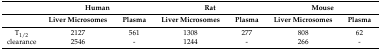
|  | <COLSPAN=2> Human | <COLSPAN=2> Rat | <COLSPAN=2> Mouse |
 |  | Liver Microsomes | Plasma | Liver Microsomes | Plasma | Liver Microsomes | Plasma |
 | --- | --- | --- | --- | --- | --- | --- |
 | T1/2 | 2127 | 561 | 1308 | 277 | 808 | 62 |
 | clearance | 2546 | - | 1244 | - | 266 | - |